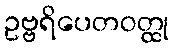
ဥဗ္ဗရိပေတဝတ္ထု